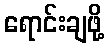
ရောင်းချဖို့